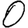
Digit: 0